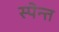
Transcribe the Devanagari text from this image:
स्पेन्त